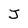
Character: J